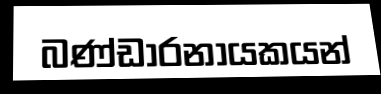
බණ්ඩාරනායකයන්